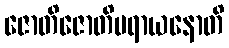
ဇောတိဇောတိပရာယနောတိ